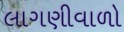
લાગણીવાળો